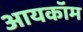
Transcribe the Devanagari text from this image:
आयकॉम